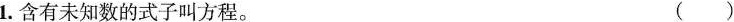
1.含有未知数的式子叫方程。 ( )